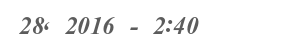
28